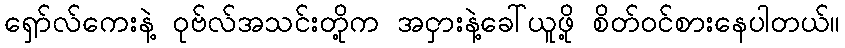
ရှော်လ်ကေးနဲ့ ဝုဗ်လ်အသင်းတို့က အငှားနဲ့ခေါ်ယူဖို့ စိတ်ဝင်စားနေပါတယ်။